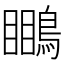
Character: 𪄊